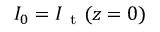
I _ { 0 } = I _ { \mathrm { ~ t ~ } } ( z = 0 )